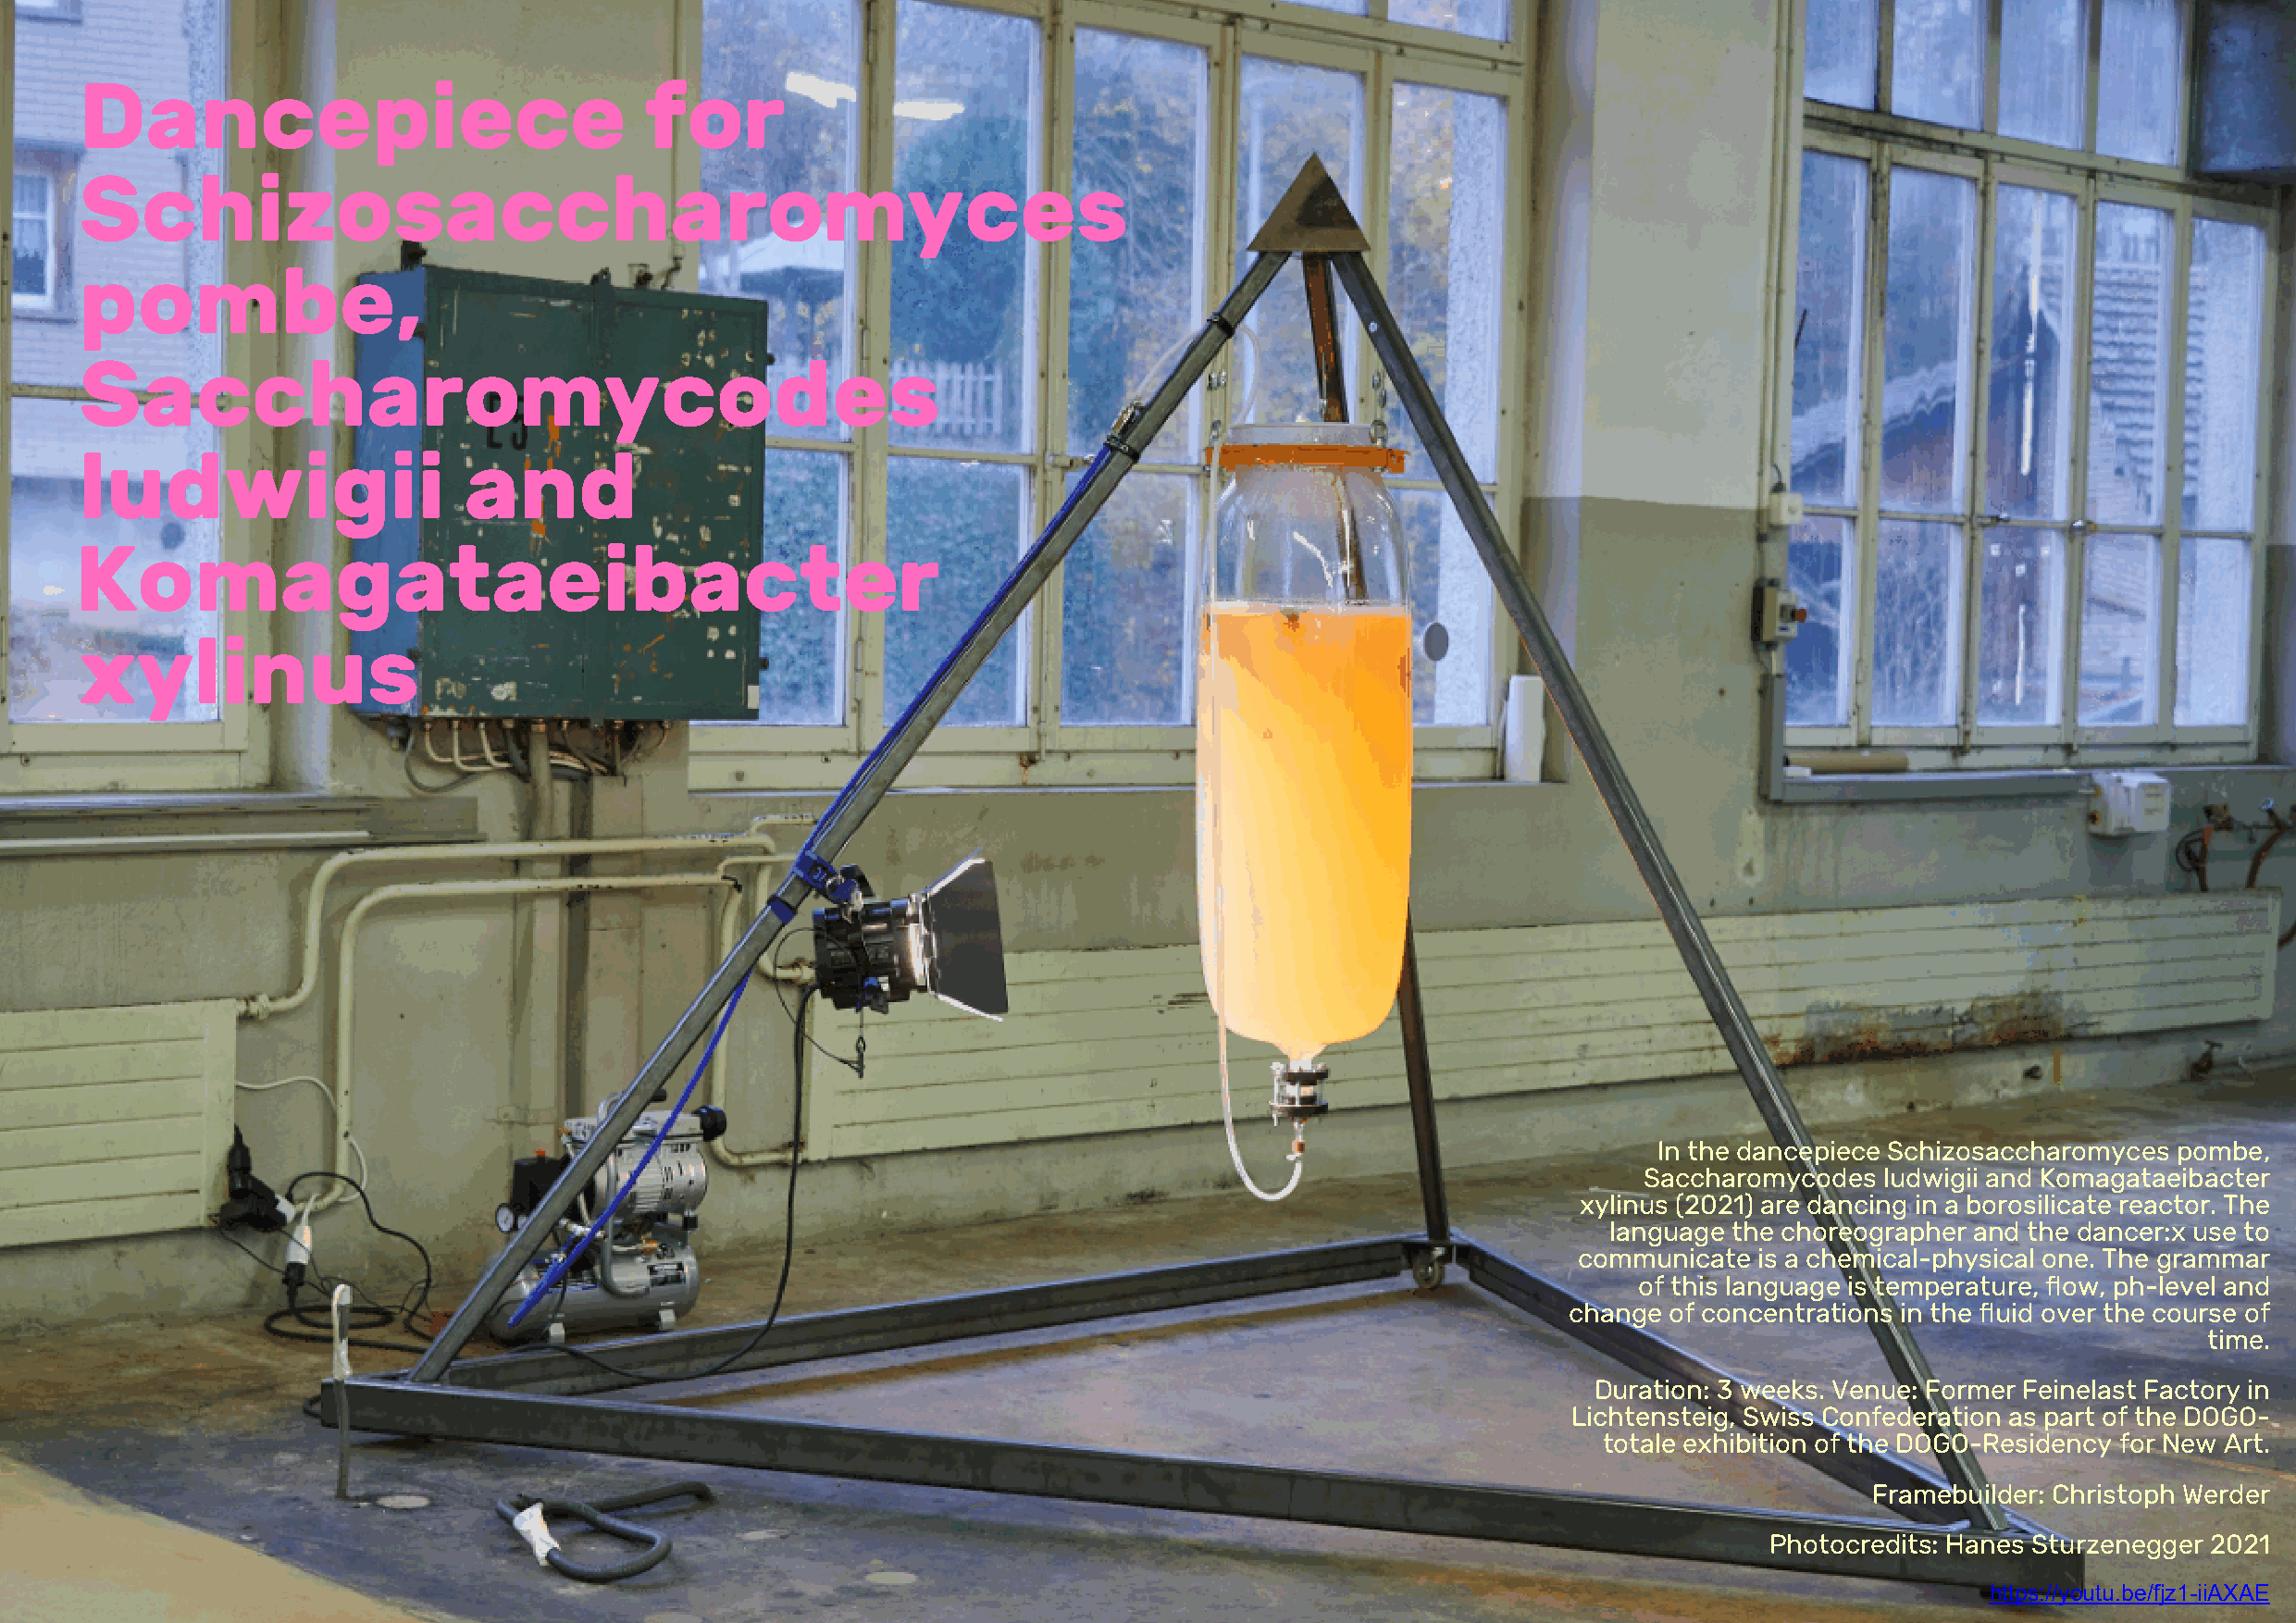
Dancepiece                              for
 Schizosaccharomyces
 pombe,
 Saccharomycodes
 ludwigii                   and
 Komagataeibacter
 xylinus
 In the dancepiece Schizosaccharomyces pombe,
 Saccharomycodes  ludwigii and Komagataeibacter
 xylinus (2021) are dancing in a borosilicate reactor. The
 language the choreographer and the dancer:x use to
 communicate  is a chemical-physical one. The grammar
 of this language is temperature, flow, ph-level and
 change of concentrations in the fluid over the course of
 time.
 Duration: 3 weeks. Venue: Former Feinelast Factory in
 Lichtensteig, Swiss Confederation as part of the DOGO-
 totale exhibition of the DOGO-Residency for New Art.
 Framebuilder: Christoph Werder
 Photocredits: Hanes Sturzenegger 2021
 https://youtu.be/fjz1-iiAXAE